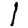
Digit: 1